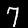
Label: 7